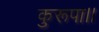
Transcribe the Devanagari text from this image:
कुरूपा।।